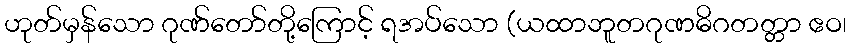
ဟုတ်မှန်သော ဂုဏ်တော်တို့ကြောင့် ရအပ်သော (ယထာဘူတဂုဏဓိဂတတ္တာ ဧဝ၊